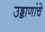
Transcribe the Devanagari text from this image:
उड्डाणांचे